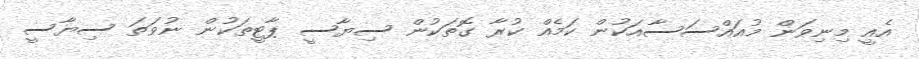
އެއީ މިނިވަން މުއައްސަސާއަކުން ކަމެއް ކުރާ ގޮތަކުން ސިޔާސީ ޕާޓީތަކުން ނުވަތަ ސިޔާސީ